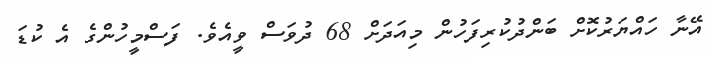
އޭނާ ހައްޔަރުކޮށް ބަންދުކުރިފަހުން މިއަދަށް 68 ދުވަސް ވީއެވެ. ފަސްމީހުންގެ އެ ކުޑަ